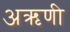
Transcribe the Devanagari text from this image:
अऋणी